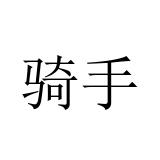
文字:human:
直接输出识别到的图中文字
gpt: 骑手